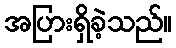
အပြားရှိခဲ့သည်။